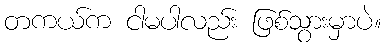
တကယ်က ငါမပါလည်း ဖြစ်သွားမှာပဲ။